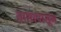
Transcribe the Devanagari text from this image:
तासापासून